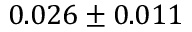
0 . 0 2 6 \pm 0 . 0 1 1